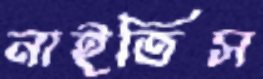
নাইতিস